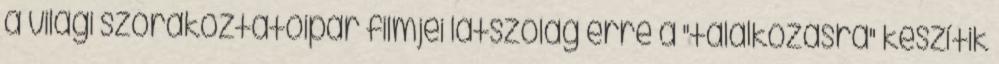
a világi szórakoztatóipar filmjei látszólag erre a "találkozásra" készítik